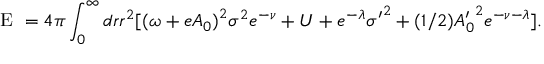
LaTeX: \textrm { E } = 4 \pi \int _ { 0 } ^ { \infty } d r r ^ { 2 } [ { ( \omega + e A _ { 0 } ) } ^ { 2 } { \sigma } ^ { 2 } e ^ { - \nu } + U + e ^ { - \lambda } { \sigma ^ { \prime } } ^ { 2 } + ( 1 / 2 ) { A _ { 0 } ^ { \prime } } ^ { 2 } e ^ { - \nu - \lambda } ] .